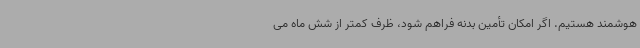
هوشمند هستیم. اگر امکان تأمین بدنه فراهم شود، ظرف کمتر از شش ماه می